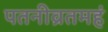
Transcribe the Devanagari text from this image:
पतनीव्रतमहं